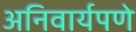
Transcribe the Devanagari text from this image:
अनिवार्यपणे